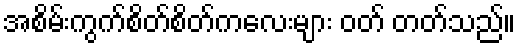
အစိမ်းကွက်စိတ်စိတ်ကလေးများ ဝတ် တတ်သည်။